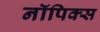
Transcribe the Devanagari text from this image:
नॉपिक्स